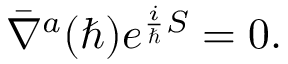
\bar { \nabla } ^ { a } ( \hbar ) e ^ { { \frac { i } { \hbar } } S } = 0 .